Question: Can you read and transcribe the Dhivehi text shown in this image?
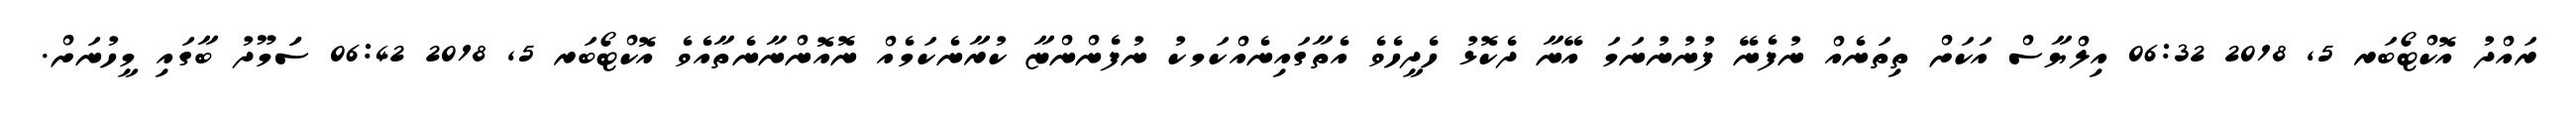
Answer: ރައްދު އޮކްޓޯބަރ 5, 2018 06:32 އިލްޔާސް އަކަށް ތިތަނެއް ނުފެނޭ ފުނުނުނަމަ އޭނާ ދެކޮޅު ހެދީހެވެ އެތާގައިނެއްކަމކު ނުފެންންޏާ ކުރާނެކަމެއް ނޮއޮންނާނެތާއެވެ އޮކްޓޯބަރ 5, 2018 06:42 ސަަމޫދު ބާގައި މީހުނަށް.